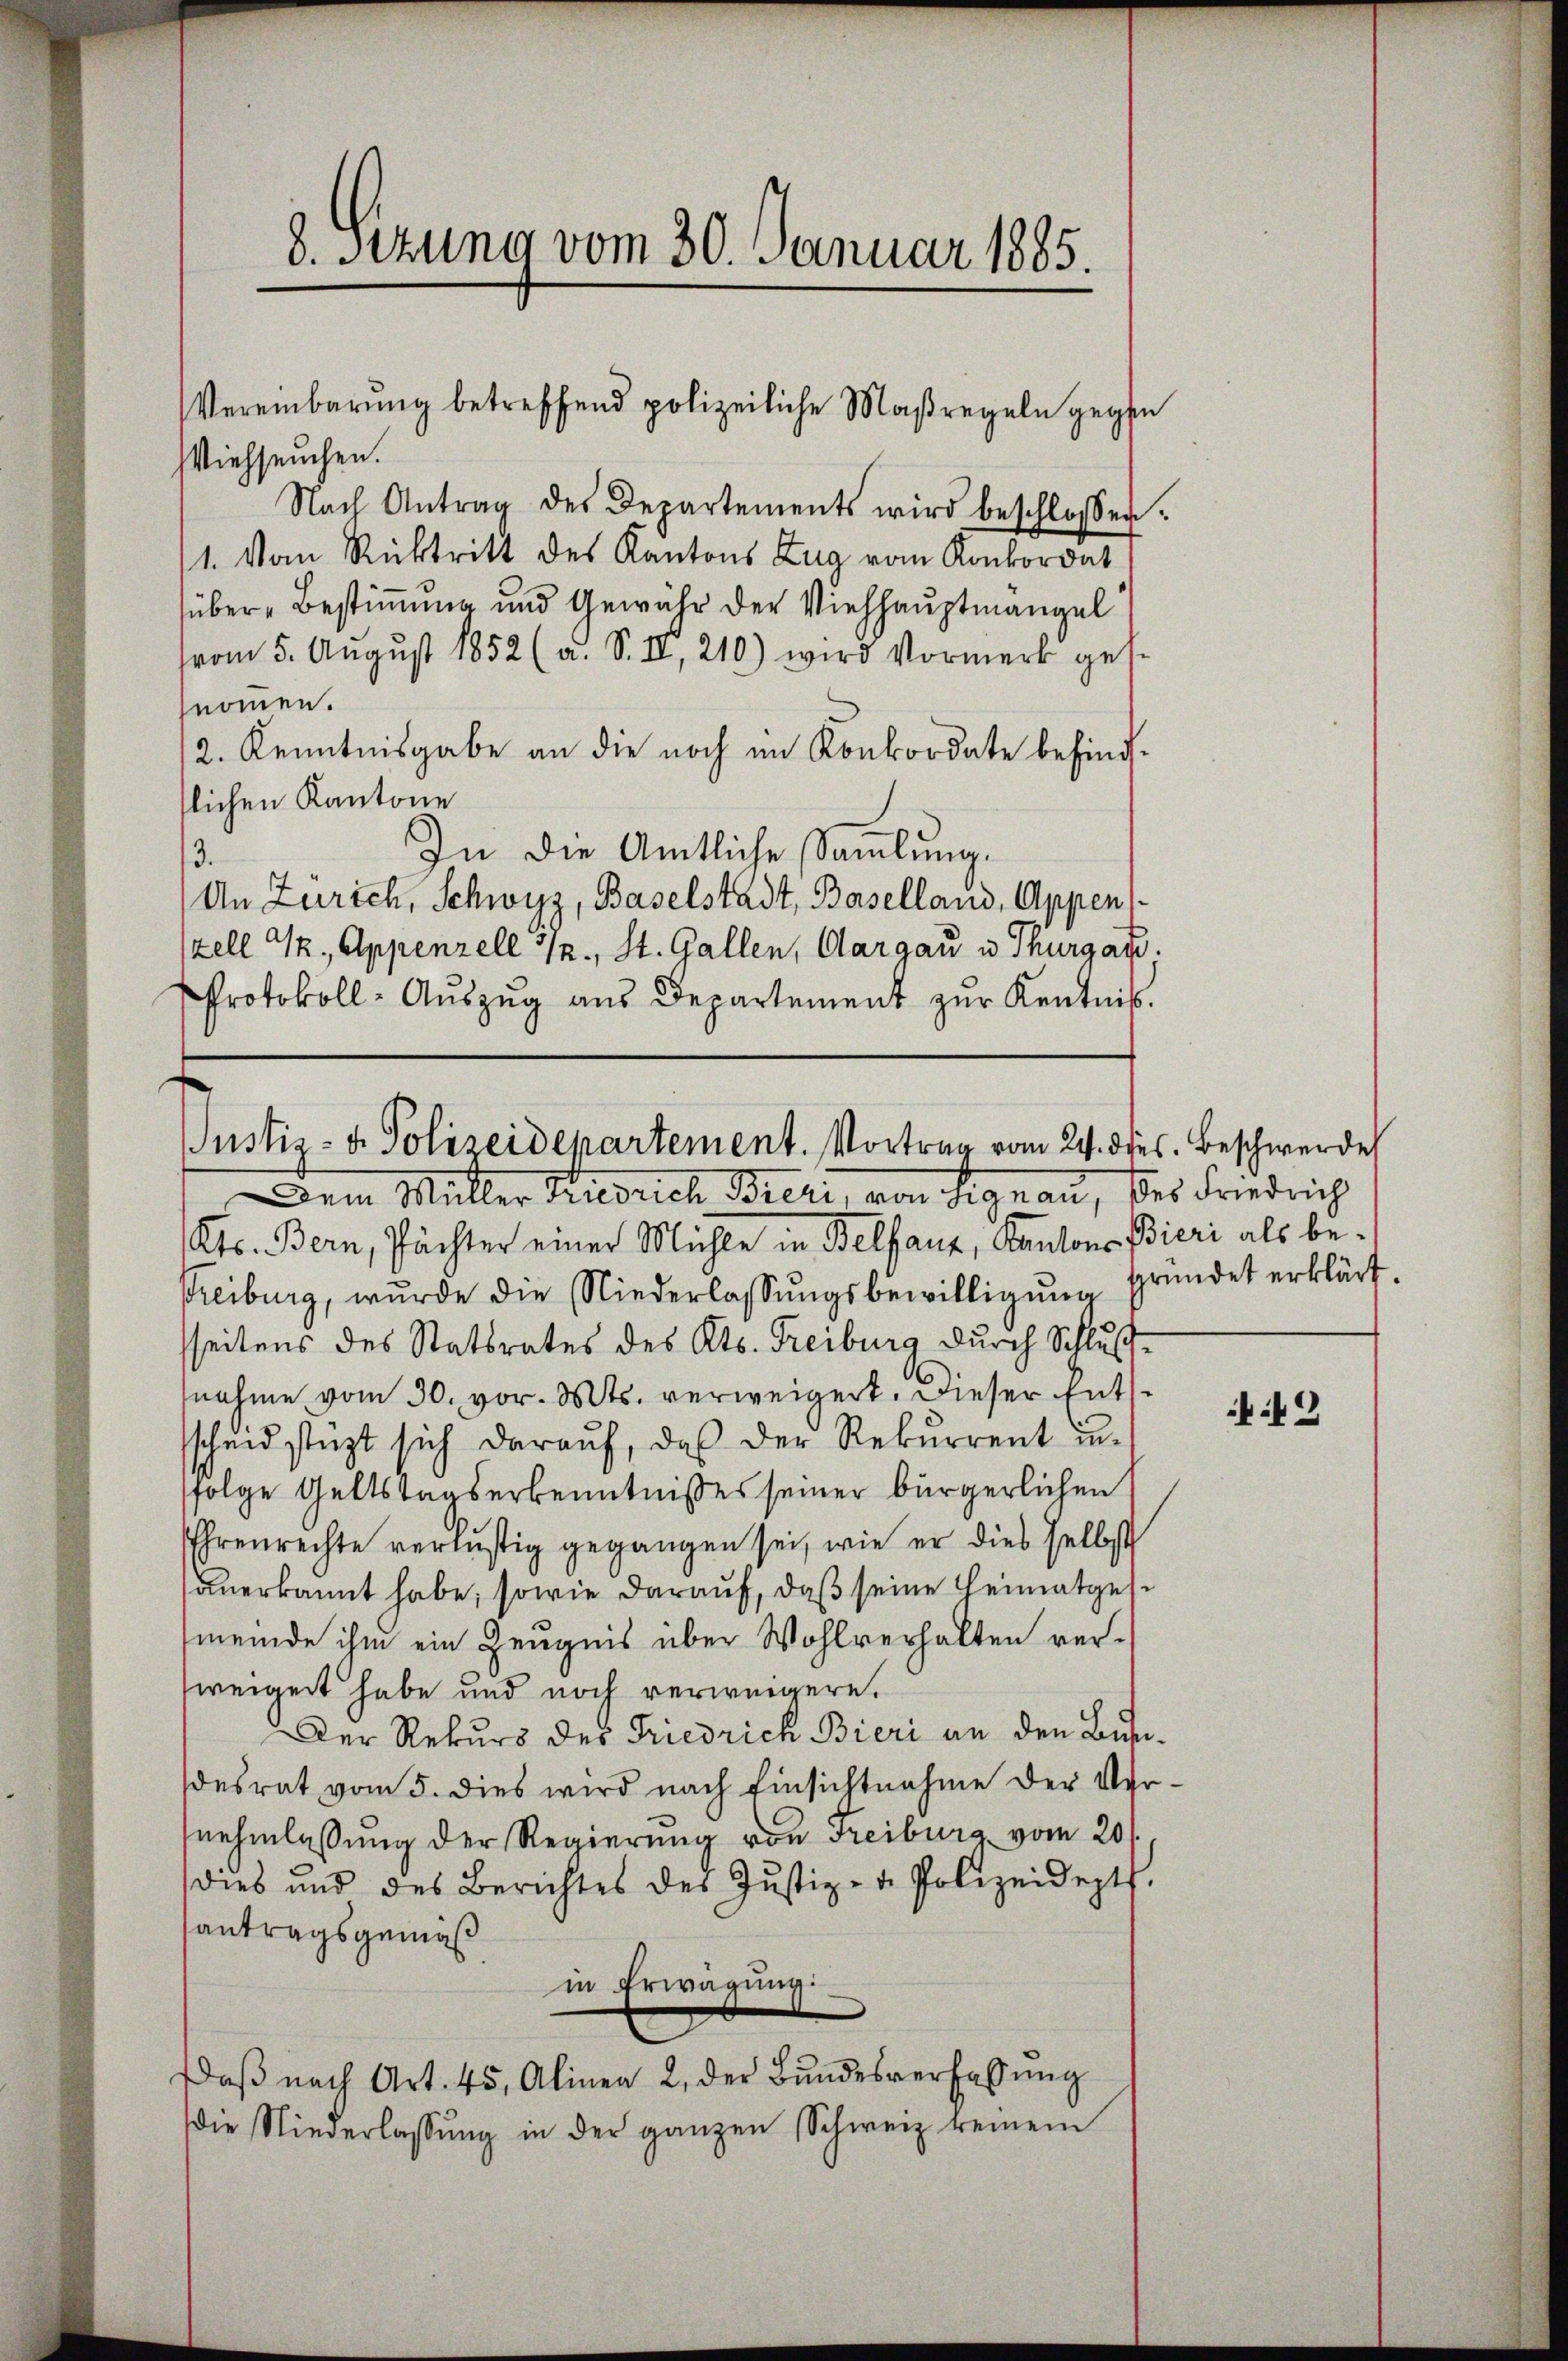
8. sezung vom 30. Januar 1885.

VViehseuchen.
Nach Antrag des Departements wird beschlossen:
1. Vom Rücktritt des Kantons Zug vom Konkordat
über-Bestimmung und Gewähr der Viehhauptmangel
vom 5. Aŭgŭst 1852 (a. S. II, 210) wird Vormerk ges
nommen.
2. Kenntnisgabe an die noch im Konkordate befindslichen Kantone
In die Amtliche Sammlung.
3.
An Zürich, Schwyz, Baselstadt, Baselland, Appen
zell G., Appenzell 32., St. Gallen, Aargau u. Thurgato.
Protokoll- Aŭszŭg aŭs Departement zŭr Kentnis.

Vereinbarŭng betreffend polizeiliche Maßregeln gegen

Justiz- u. Polizeidepartement. Vortrag vom 24. dses. Beschwerde

Dem Müller Friedrich Bieri, von Signau, des Friedrich
Kts. Bern, Pächter einer Mühle in Belfauz, Kantons Bieri als bestreiburg, wurde die Niederlassungsbewilligung
sseitens des Statsrates des Kts. Freiburg durch Schlußnahme vom 30. vor. Mts. verweigert. Dieser Entsscheid stüzt sich darauf, daß der Rekurrent unsfolge Geltstagserkenntnisses seiner bürgerlichen
Ehrenrechte verlustig gegangen sei, wie er dies selbst
anerkannt habe; sowie darauf, daß seine Heimatgese
meinde ihm ein Zeugnis über Wohlverhalten verweigert habe und noch verweigere.
Der Rekurs des Friedrich Bieri an den Bundesrat vom 5. dies wird nach Einsichtnahme der Vernehmlassung der Regierung von Freiburg vom 20.
dies und des Berichtes des Jŭstiz- u. Polizeidept.
antragsgemäs
in Erwägung:
Daβ nach Art. 45, Alinea 2. der Bŭndesverfassŭng
die Niederlassŭng in der ganzen Schweiz keinem

gründet erklärt.

42